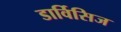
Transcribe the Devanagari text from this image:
डार्विसिज